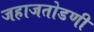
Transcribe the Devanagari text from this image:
जहाजतोडणी